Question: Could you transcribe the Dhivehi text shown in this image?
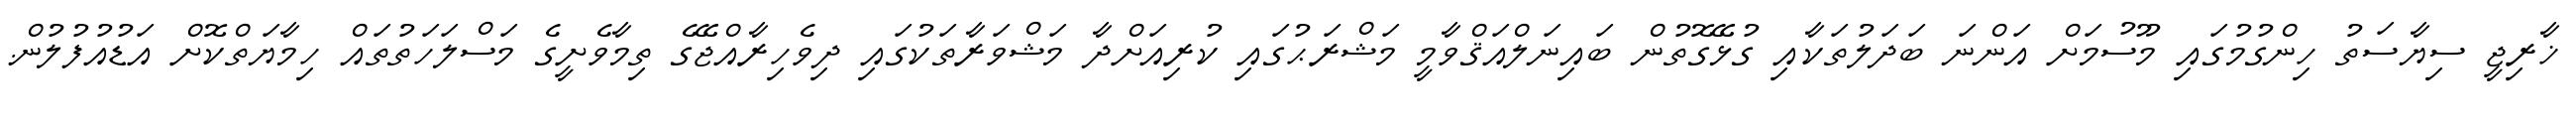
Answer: ޚާރިޖީ ސިޔާސަތު ހިންގުމުގައި މޫސުމަށް އަންނަ ބަދަލުތަކާއި ގުޅޭގޮތުން ބައިނަލްއަޤްވާމީ މަޝްރަޙުގައި ކުރިއަށްދާ މަޝްވަރާތަކުގައި ދިވެހިރާއްޖޭގެ ތިމާވެށީގެ މަސްލަހަތުތައް ހިމާޔަތްކޮށް އަޑުއުފުލުން.